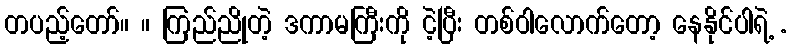
တပည့်တော်။ ။ ကြည်ညိုတဲ့ ဒကာမကြီးကို ငဲ့ပြီး တစ်ဝါလောက်တော့ နေနိုင်ပါရဲ့ .